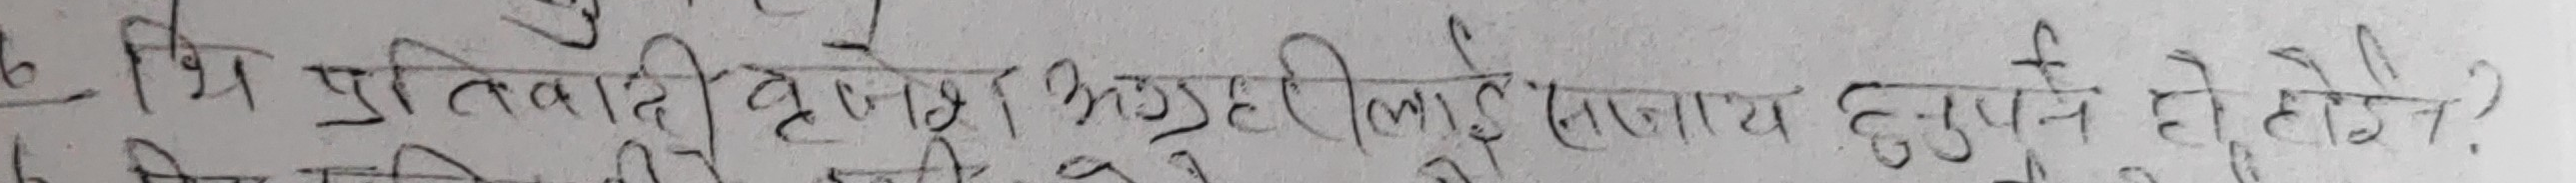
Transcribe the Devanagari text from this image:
त्रि प्रतिबिम्बमा आउँदा लाई सानो नै हुनुपर्छ होटेल।